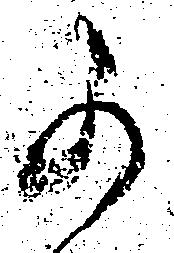
可